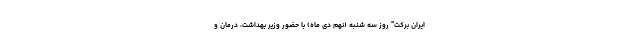
ایران برکت" روز سه شنبه (نهم دی ماه) با حضور وزیر بهداشت، درمان و